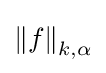
\left\|f\right\|_{k,\alpha }